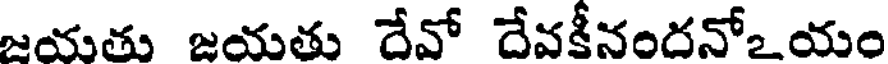
జయతు జయతు దేవో దేవకీనందనోజయం